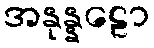
အနုန္နဠော